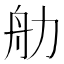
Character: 𬜑